Annual administration report of the Civil Veterinary Department, Sind - 1940-1941
Year: 1940
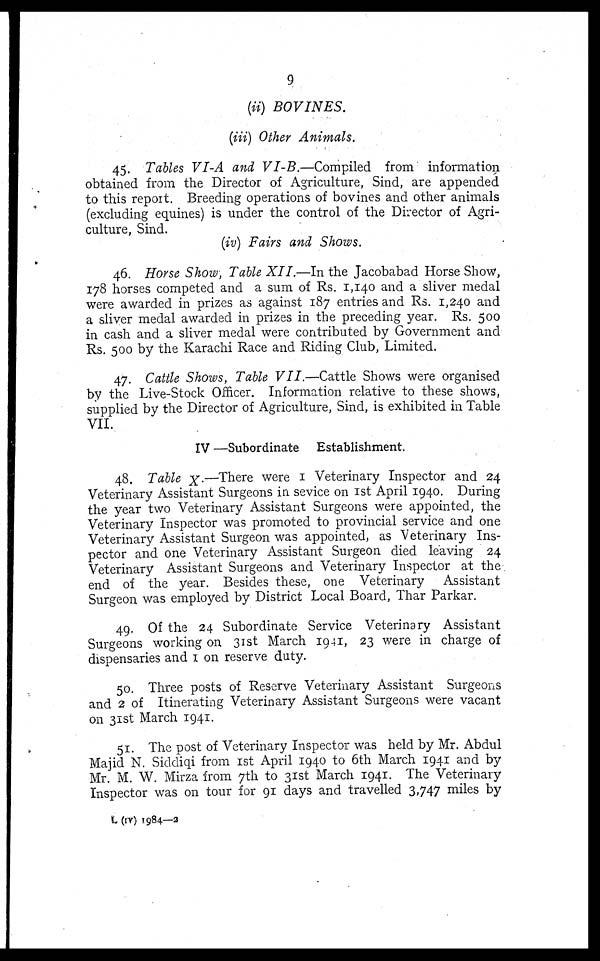
9
(ii) BOVINES.
(iii) Other Animals.
45. Tables VI-A and VI-B.—Compiled
from information
obtained from the Director of Agriculture, Sind, are appended
to this report. Breeding operations of bovines and other animals
(excluding equines) is under the control of the Director of Agri-
culture, Sind.
(iv) Fairs and Shows.
46. Horse Show, Table XII.—In the Jacobabad Horse Show,
178 horses competed and a sum of Rs. 1,140 and a sliver medal
were awarded in prizes as against 187 entries and Rs. 1,240 and
a sliver medal awarded in prizes in the preceding year. Rs. 500
in cash and a sliver medal were contributed by Government and
Rs. 500 by the Karachi Race and Riding Club, Limited.
47. Cattle Shows, Table VII.—Cattle Shows were organised
by the Live-Stock Officer. Information relative to these shows,
supplied by the Director of Agriculture, Sind, is exhibited in Table
VII.
IV —Subordinate Establishment.
48. Table X.—There were 1 Veterinary Inspector and 24
Veterinary Assistant Surgeons in sevice on 1st April 1940. During
the year two Veterinary Assistant Surgeons were appointed, the
Veterinary Inspector was promoted to provincial service and one
Veterinary Assistant Surgeon was appointed, as Veterinary Ins-
pector and one Veterinary Assistant Surgeon died leaving 24
Veterinary Assistant Surgeons and Veterinary Inspector at the
end of the year. Besides these, one Veterinary
Assistant
Surgeon was employed by District Local Board, Thar Parkar.
49. Of the 24 Subordinate Service Veterinary Assistant
Surgeons working on 31st March 1941, 23 were in charge of
dispensaries and 1 on reserve duty.
50. Three posts of Reserve Veterinary Assistant Surgeons
and 2 of Itinerating Veterinary Assistant Surgeons were vacant
on 31st March 1941.
51. The post of Veterinary Inspector was held by Mr. Abdul
Majid N. Siddiqi from 1st April 1940 to 6th March 1941 and by
Mr. M. W. Mirza from 7th to 31st March 1941. The Veterinary
Inspector was on tour for 91 days and travelled 3,747 miles by
L (IV) 1984—2